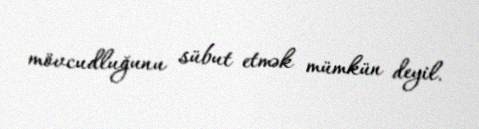
mövcudluğunu sübut etmək mümkün deyil.